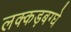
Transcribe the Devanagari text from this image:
लक्कड़बग्घे